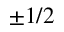
\pm 1 / 2